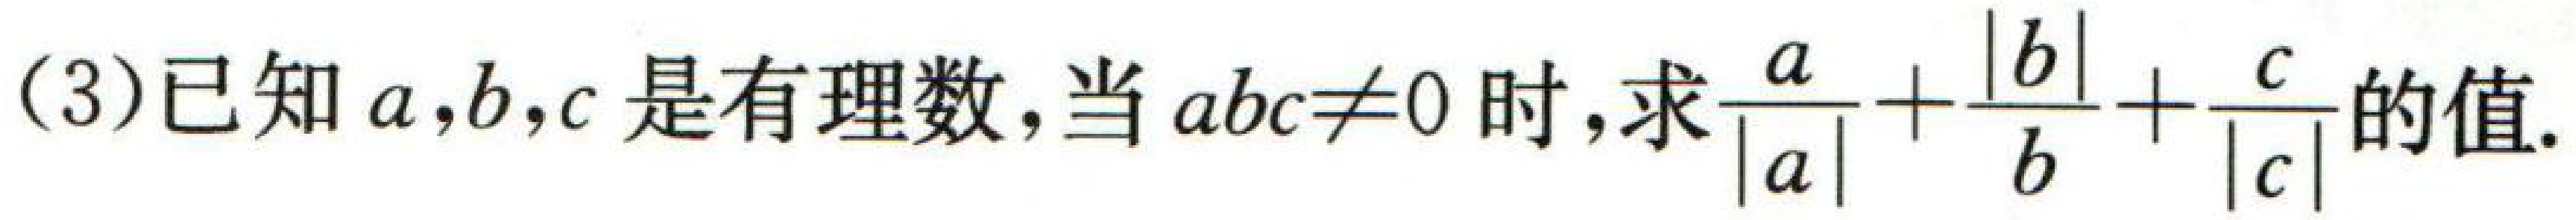
(3)已知\(a,b,c\)是有理数,当\(abc\neq0\)时,求\(\frac{a}{|a|}+\frac{|b|}{b}+\frac{c}{|c|}\)的值.